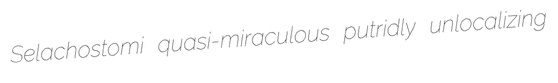
Selachostomi quasi-miraculous putridly unlocalizing